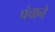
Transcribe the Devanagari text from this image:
पंचाने